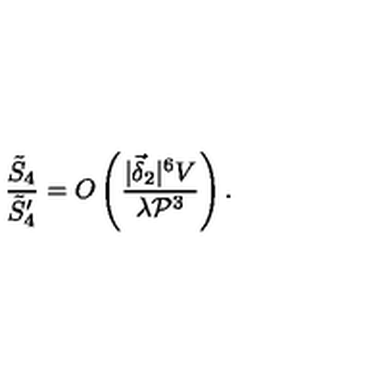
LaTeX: \frac { \tilde { S } _ { 4 } } { \tilde { S } _ { 4 } ^ { \prime } } = O \left( \frac { | \vec { \delta } _ { 2 } | ^ { 6 } V } { \lambda { \cal P } ^ { 3 } } \right) .